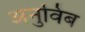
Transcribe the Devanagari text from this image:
अनुविंब